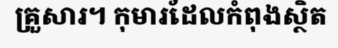
គ្រួសារ។ កុមារដែលកំពុងស្ថិត